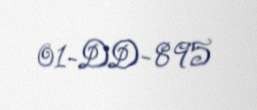
01-DD-895